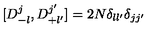
[ D _ { - l } ^ { j } , D _ { + l ^ { \prime } } ^ { j ^ { \prime } } ] = 2 N \delta _ { l l ^ { \prime } } \delta _ { j j ^ { \prime } }